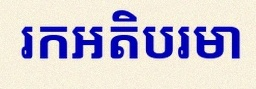
រកអតិបរមា